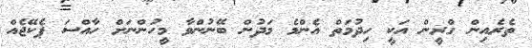
ތެރެއިން ގްރީން އަކީ ހިދުމަތް އެންމެ މަދުން ބޭނުންވާ މީހުންނަށް ހާއްސަ ޕެކޭޖެއް